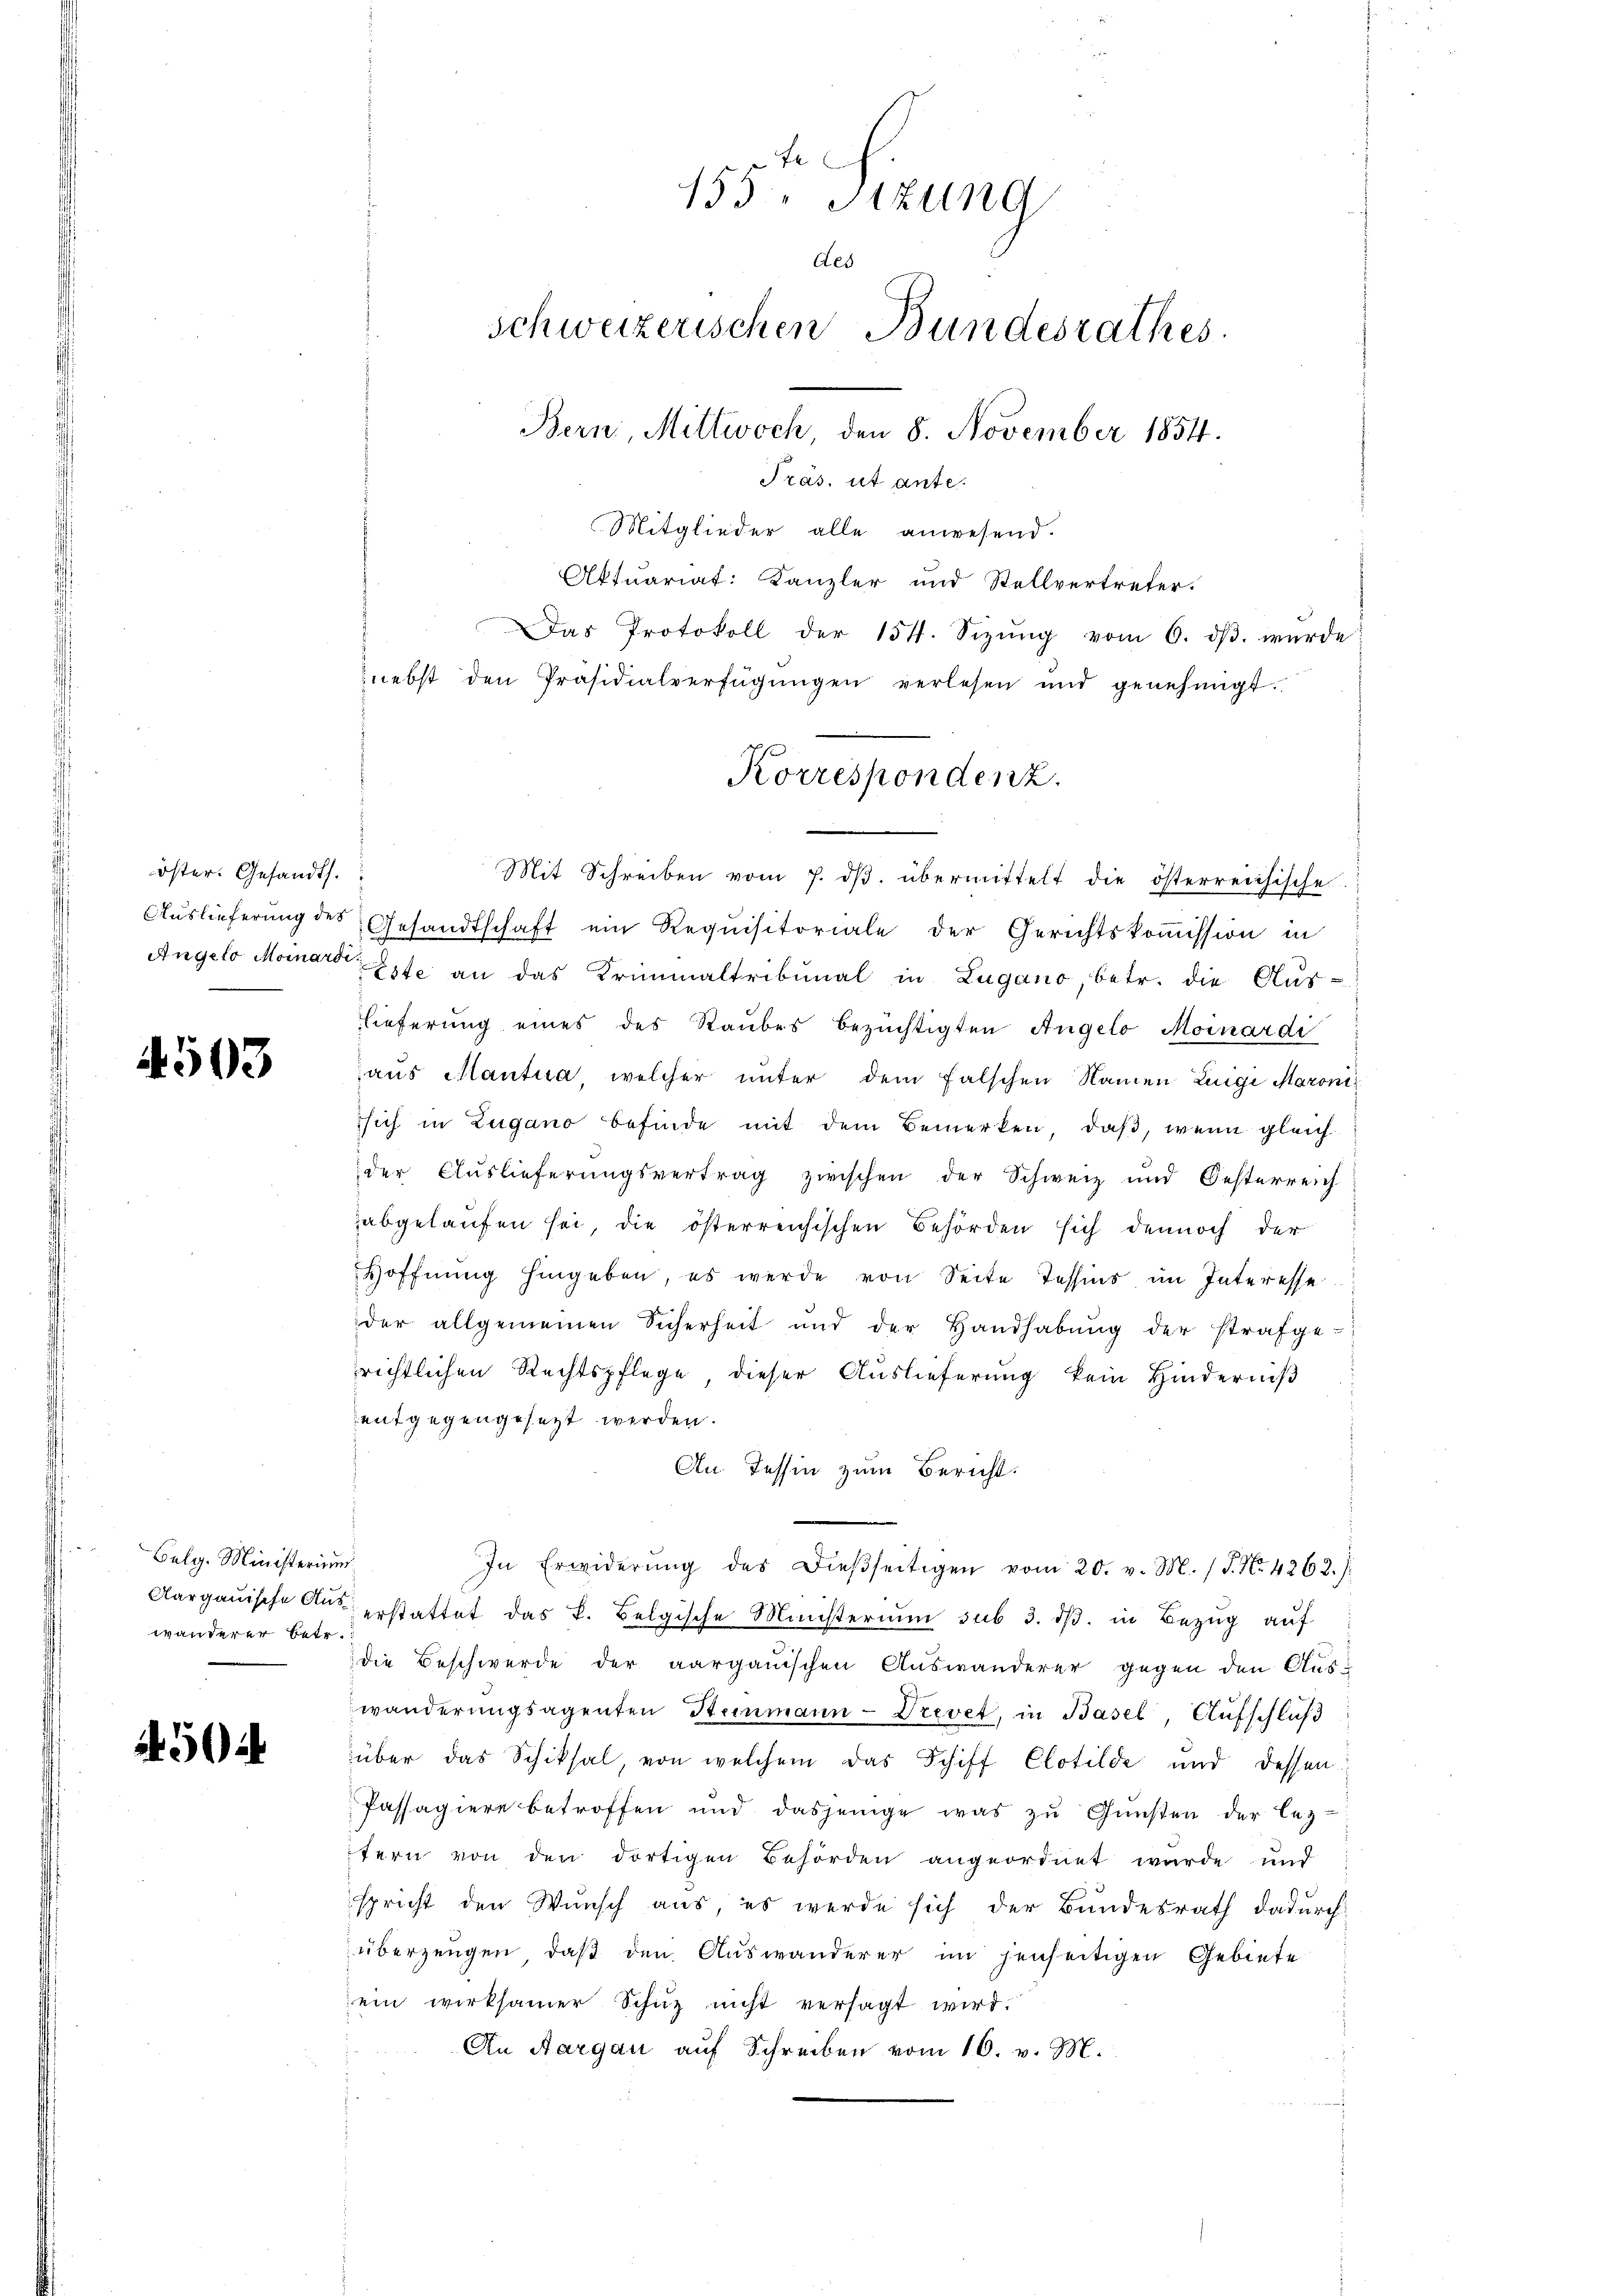
öster. Gesandts

4503

Belg. Ministerium
wanderer betr.

50

Mitglieder alle anwesend.
Aktuariat: Kanzler und Stellvertreter.
Das Protokoll der 151. Sizŭng vom 6. dβ. wurde
nebst den Präsidialverfügŭngen verlesen und genehmigt.
Mit Schreiben vom 7. dβ übermittelt die österreichische
Auslieferung des Gesandtschaft ein Requisitoriale der Gerichtskoṁission in
Angelo Monardisse an das Kriminaltribunal in Lugano betr. die Aus-
lieferung eines des Raubes bezüchtigten Angelo Moinardi
aus Mantua, welcher unter dem falschen Namen Luigi Maroni
sich in Zugano befinde mit dem Bemerken, daß, wenn gleich
der Auslieferungsvertrag zwischen der Schweiz und Oesterreich-
abgelaufen sei, die österreichischen Behörden sich dennoch der
Hoffnŭng hingeben, es werde von Seite Tessins im Interesse
der allgemeinen Sicherheit und der Handhabŭng der strafge-
richtlichen Rechtspflege, dieser Auslieferung kein Hinderniß
entgegengesetzt werden.
An Tessin zum Bericht.
In Erwiderŭng des dieβseitigen vom 20. v. M. (T. No. 4262.).
Aargauische Aus erstattet das k. Belgische Ministerium sub 3. dβ. in Bezug auf
die Beschwerde der aargauischen Auswanderer gegen den Aus-
wanderungsagenten Steinmann - Drevet, in Basel, Aufschluß
über das Schiksal, von welchem das Schiff Clotilde und dessen
Passagiere betroffen und dasjenige was zŭ Gŭnsten der leztern von den dortigen Behörden angeordnet wurde und
spricht den Wunsch aus, es werde sich der Bundesrath dadurch
überzeugen, daß den Auswanderer im jenseitigen Gebiete
ein wirksamer Schutz nicht versagt wird.
An Aargau auf Schreiben vom 16. v. M.

155. Sitzung
des
schweizerischen Bundesrathes.
Bern, Mittwoch, den 8. November 1854.
Präs. ist ante.

Korrespondenz.